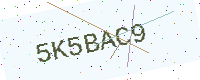
Text: 5K5BAC9